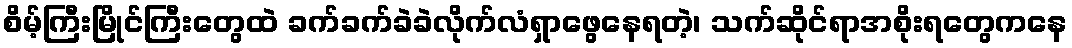
စိမ့်ကြီးမြိုင်ကြီးတွေထဲ ခက်ခက်ခဲခဲလိုက်လံရှာဖွေနေရတဲ့၊ သက်ဆိုင်ရာအစိုးရတွေကနေ